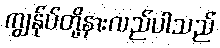
ကျွန်ုပ်တို့နားလည်ပါသည်